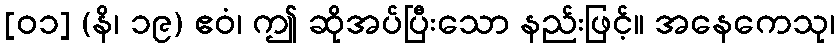
[၀၁] (နိ၊ ၁၉) ဧဝံ၊ ဤ ဆိုအပ်ပြီးသော နည်းဖြင့်။ အနေကေသု၊